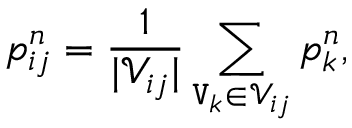
p _ { i j } ^ { n } = \frac { 1 } { | \mathcal { V } _ { i j } | } \sum _ { \mathtt { V } _ { k } \in \mathcal { V } _ { i j } } ^ { } p _ { k } ^ { n } ,